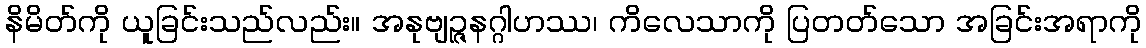
နိမိတ်ကို ယူခြင်းသည်လည်း။ အနုဗျဉ္ဇနဂ္ဂါဟဿ၊ ကိလေသာကို ပြတတ်သော အခြင်းအရာကို